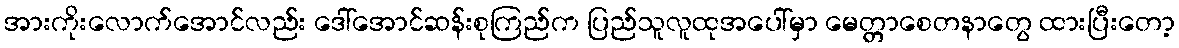
အားကိုးလောက်အောင်လည်း ဒေါ်အောင်ဆန်းစုကြည်က ပြည်သူလူထုအပေါ်မှာ မေတ္တာစေတနာတွေ ထားပြီးတော့